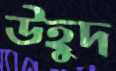
উহুদ